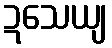
ဍသေယျ